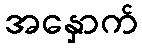
အနှောက်